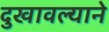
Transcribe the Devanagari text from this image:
दुखावल्याने